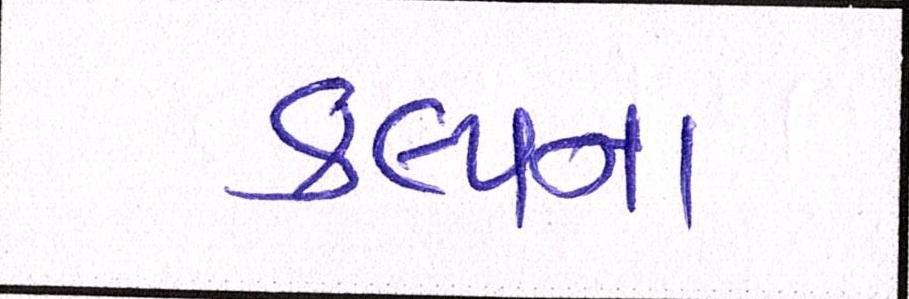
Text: કલ્પના